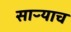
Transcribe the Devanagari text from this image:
साऱ्याच